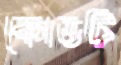
কোডটি